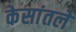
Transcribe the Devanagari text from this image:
केसांतले